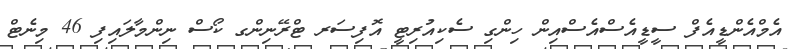
އެމްއެންޑީއެފް ސީޑީއެސްއެސްއިން ހިންގި ސެކިއުރިޓީ އޮފިސަރ ޓްރޭނިންގ ކޯސް ނިންމާލައިފި 46 މިނެޓް